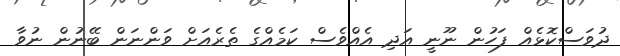
ދުވަސްކޮޅެއް ފަހުން ނޫނީ އަދި އެއްވެސް ކަމެއްގެ ތެރެއަށް ވަންނަން ބޭނުން ނުވާ